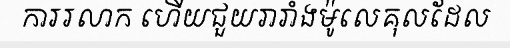
ការរលាក ហើយជួយរារាំងម៉ូលេគុលដែល